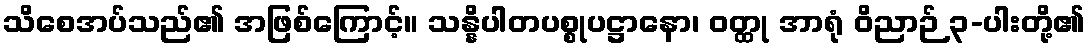
သိစေအပ်သည်၏ အဖြစ်ကြောင့်။ သန္နိပါတပစ္စုပဋ္ဌာနော၊ ဝတ္ထု အာရုံ ဝိညာဉ် ၃-ပါးတို့၏